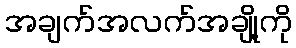
အချက်အလက်အချို့ကို